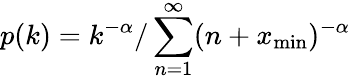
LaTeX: p(k)=k^{-\alpha}/\sum_{n=1}^{\infty}(n+x_{\operatorname*{min}})^{-\alpha}